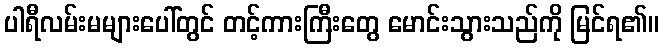
ပါရီလမ်းမများပေါ်တွင် တင့်ကားကြီးတွေ မောင်းသွားသည်ကို မြင်ရ၏။